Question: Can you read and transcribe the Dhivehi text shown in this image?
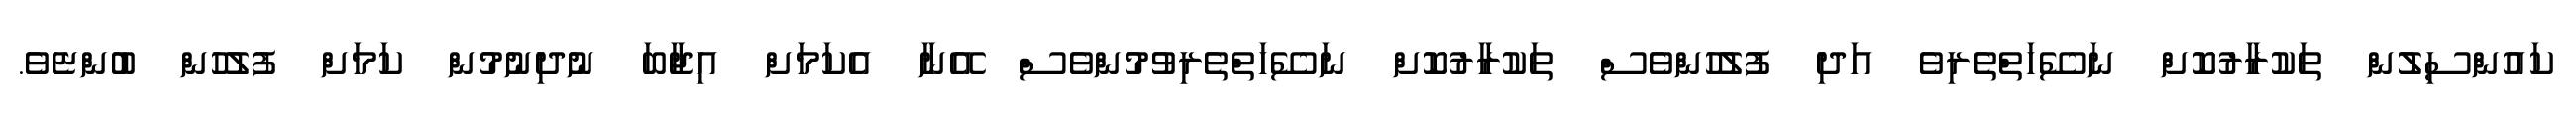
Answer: ކައުންސިލުން ތަކުރާރުކޮށް ނަސޭހަތްތެރިވެ އަދި ފުލުހުންވެސް ތަކުރާރުކޮށް ނަސޭހަތްތެރިވުމުންވެސް އޭނާ އެކަމަށް އިޖާބަ ނުދިނުމުން ކަމަށް ފުލުހުން ބުންޏެވެ.